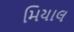
મિયાલ